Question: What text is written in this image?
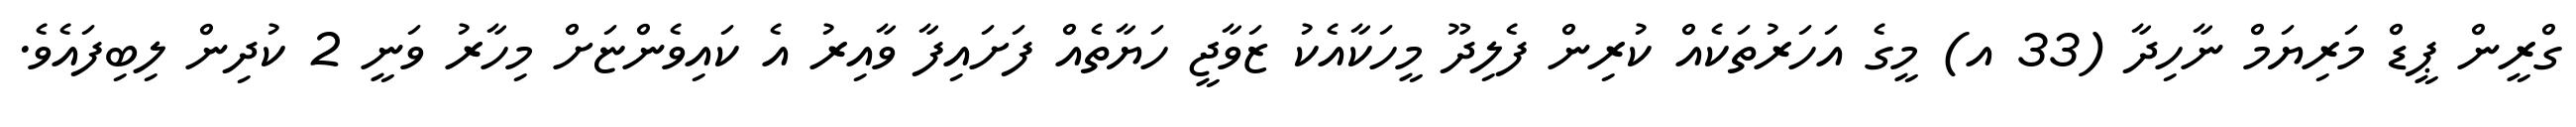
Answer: ގްރީން ޕީޑް މަރިޔަމް ނާހިދާ (33 އ) މީގެ އަހަރުތަކެއް ކުރިން ފެލިދޫ މީހަކާއެކު ޒަވާޖީ ހަޔާތެއް ފަށައިފާ ވާއިރު އެ ކައިވެންޏަށް މިހާރު ވަނީ 2 ކުދިން ލިބިފައެވެ.